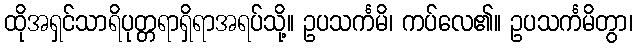
ထိုအရှင်သာရိပုတ္တရာရှိရာအရပ်သို့။ ဥပသင်္ကမိ၊ ကပ်လေ၏။ ဥပသင်္ကမိတွာ၊